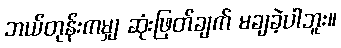
ဘယ်တုန်းကမျှ ဆုံးဖြတ်ချက် မချခဲ့ပါဘူး။